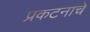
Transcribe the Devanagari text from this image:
प्रकटनाचे